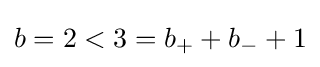
b=2<3=b_{+}+b_{-}+1